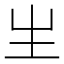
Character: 𤯓